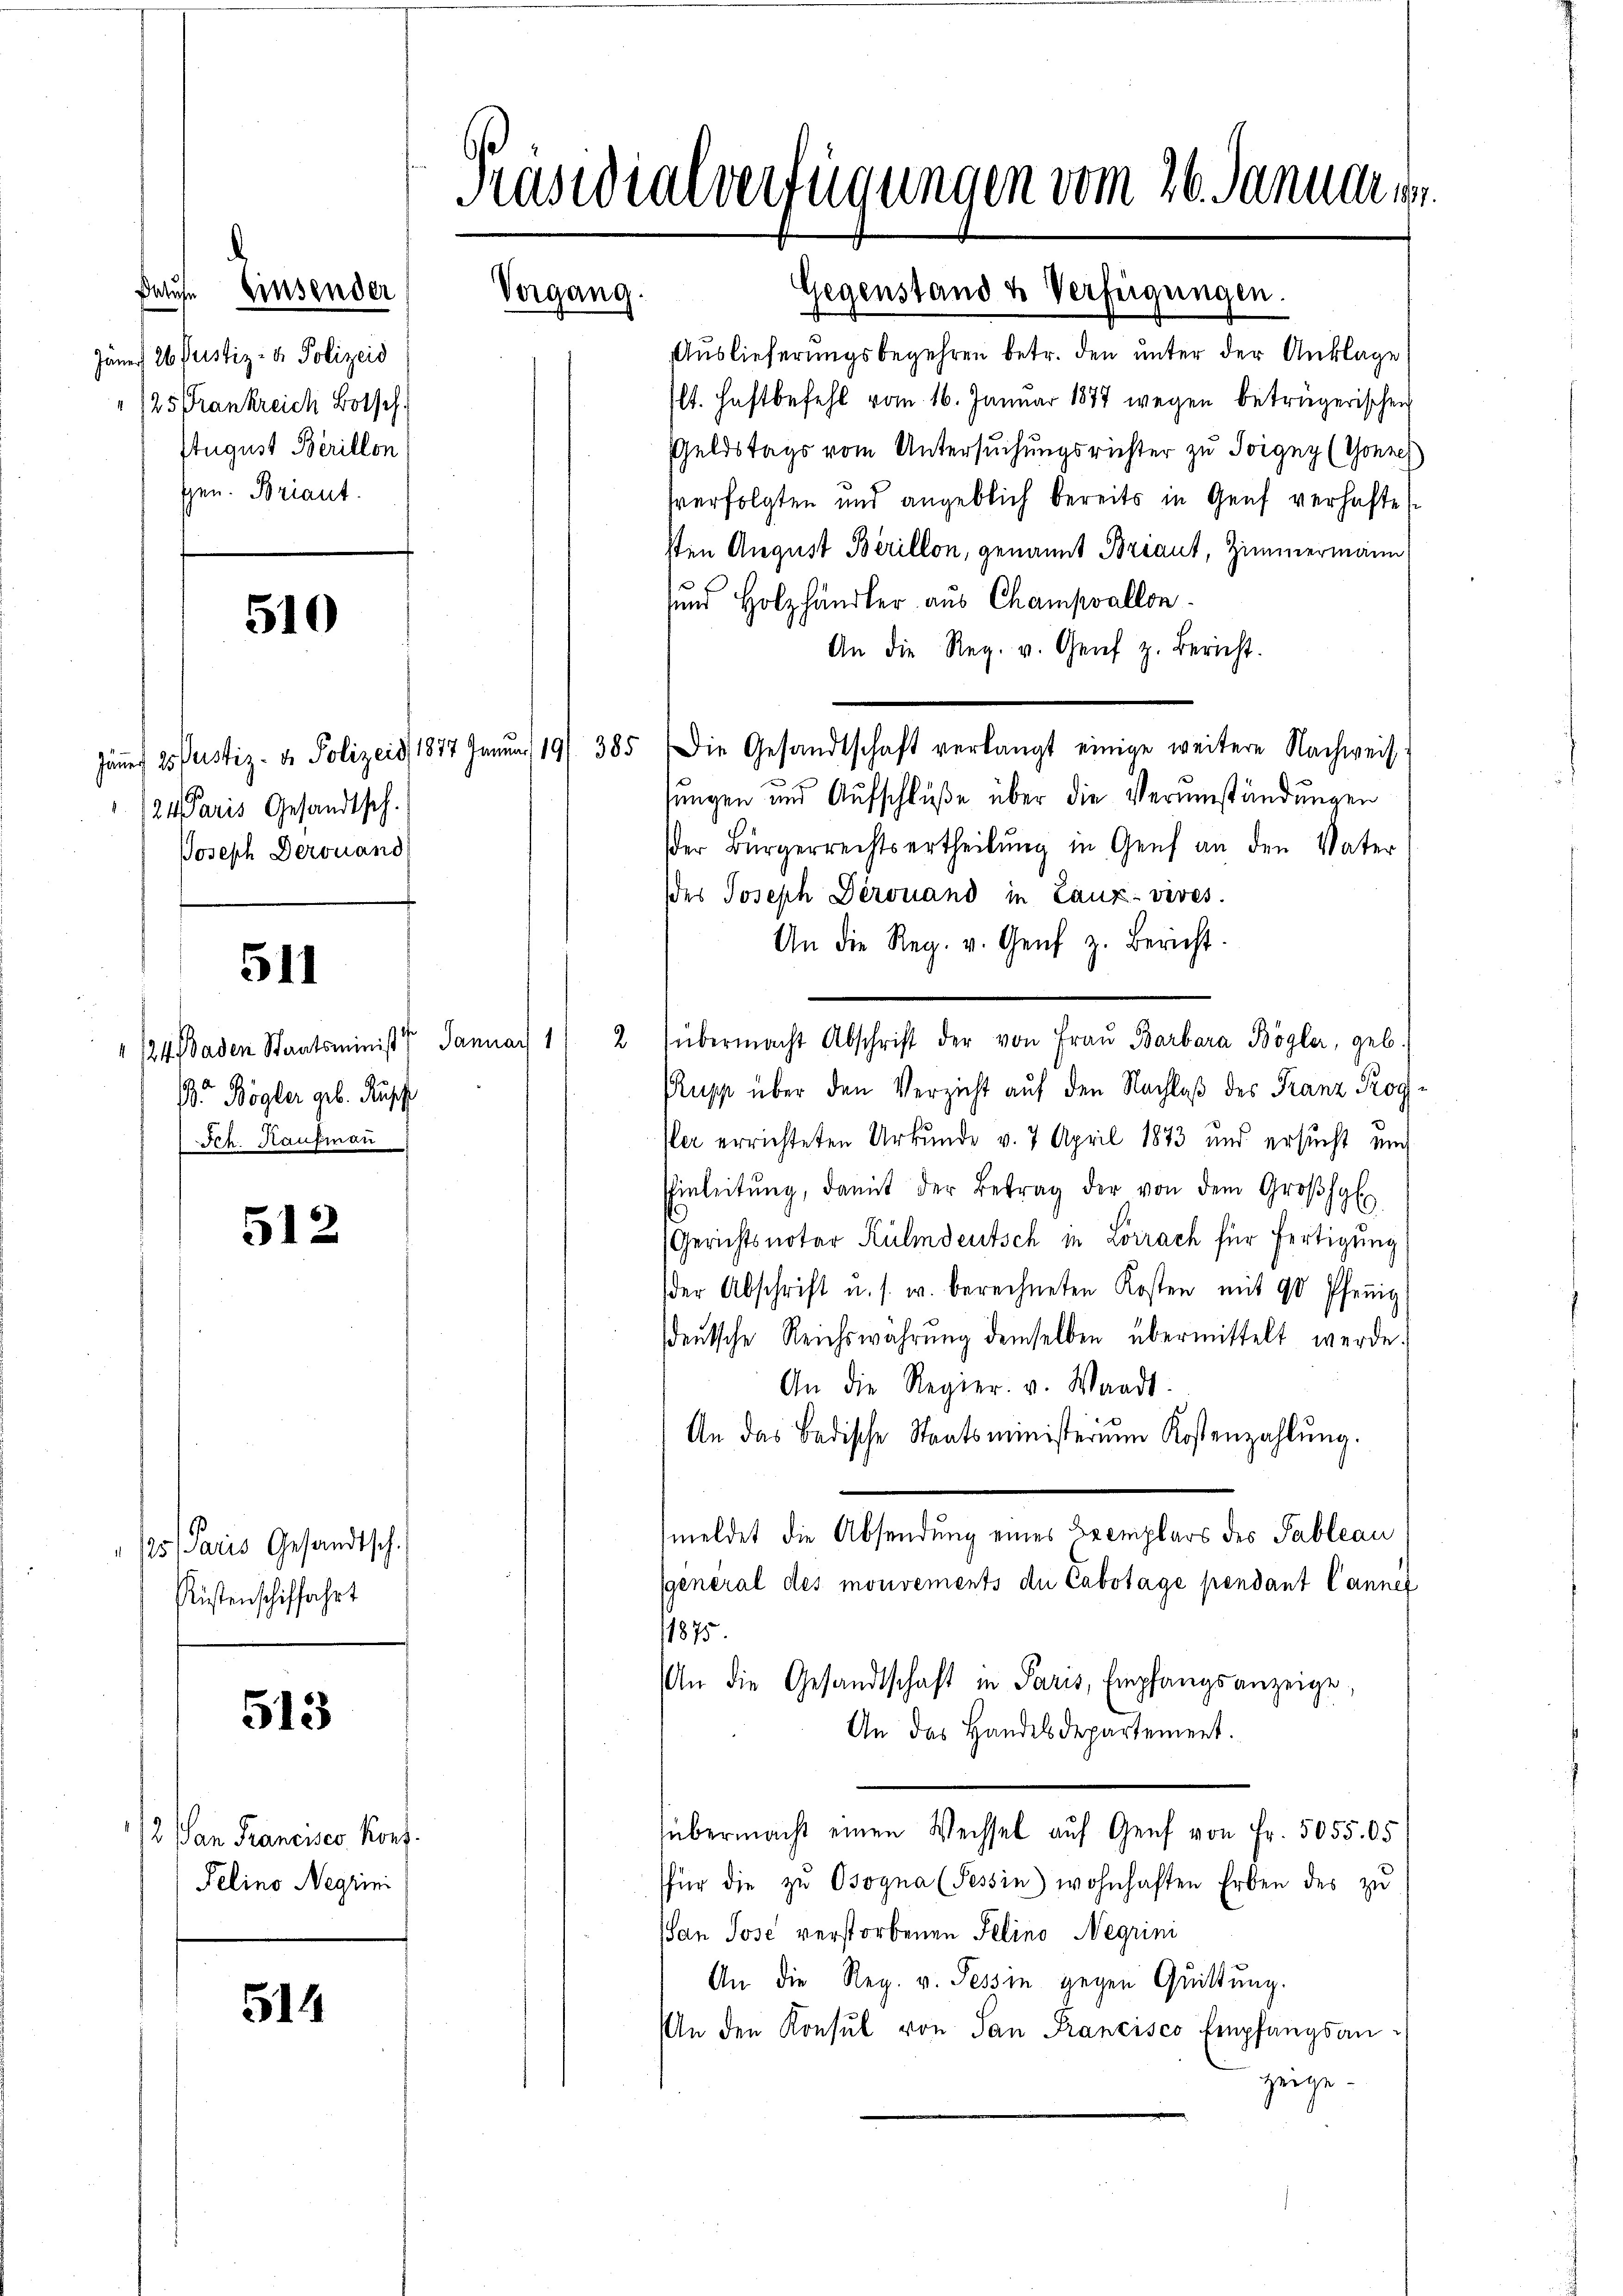
Batufe Einsender
Jäner 26 Justiz- & Polizeid
/25 Frankreich Botsch.
August Berillon
shen. Briant.

510

511

/24 Baden Staatsminist. Januar 1
 Bögler geb. Rüsch
Ich. Kaufman

512

/5. Paris Gesandtsch.
Rüstenschiffahrt

513

1. an Francier hof
Felino Negrini

514

Präsidialverfügungen vom 26. Januar

Vergang.

124 Paris Gesandtsch.
Joseph Derouand

Auslieferungsbegehren betr. den unter der Anklage
1t. Haftbefehl vom 16. Januar 1877 wegen betrügerischen
Geldstags vom Untersuchungsrichter zu Toigny (Conzes
sverfolgten und angeblich bereits in Genf verhafte
sten August Berillon, genannt Briant, Zimmermann
und Holzhändler aus Champvallon
An die Reg. v. Genf z. Bericht.
sungen und Aufschlüße über die Verumständungen
der Bürgerrechtsertheilŭng in Genf an den Vater
des Joseph Derouand in Lanz-vives.
An die Reg. v. Genf z. Bericht.
2 übermacht Abschrift der von Fraŭ Barbara Bögler, geb.
upp über den Verzicht auf den Nachlaß des Franz Rog¬
Plar errichteten Urkunde v. 7. April 1873 und ersucht und
Einleitŭng, damit der Betrag der von dem Groβhal
(Gerichtsnotar Kulmdeutsch in Lörrach für fertigung
der Abschrift u. s. w. berechneten Kosten mit 90 Pfenig
sdeutsche Reichswährŭng demselben übermittelt werde.
An die Regier. v. Waadt.
An das Badische Staatsministerium Kostenzahlŭng.
meldet die Absendung eines Exemplars des Tableau
general des mouvements du Cabotage pendant Canne
1875
An die Gesandtschaft in Paris, Empfangsanzeige,
An das Handelsdepartement.
übermacht einen Wechsel auf Genf von Fr. 5055.05
für die zŭ Osogna (Tessin) wohnhaften Erben des zu
an Jose verstorbenen Pelino Negrini
An die Reg. v. Tessin gegen Quittung.
An den Konsul von San Francisco Empfangsanzeige.

Jäṅer 25 Justiz- & Polizeis, 1877 Janŭar 19/ 385 die Gesandtschaft verlangt einige weitere Nachweis

Gegenstand u Verfügungen.